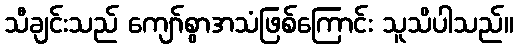
သီချင်းသည် ကျော်စွာအသံဖြစ်ကြောင်း သူသိပါသည်။